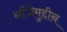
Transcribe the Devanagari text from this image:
नजिमुद्दीन